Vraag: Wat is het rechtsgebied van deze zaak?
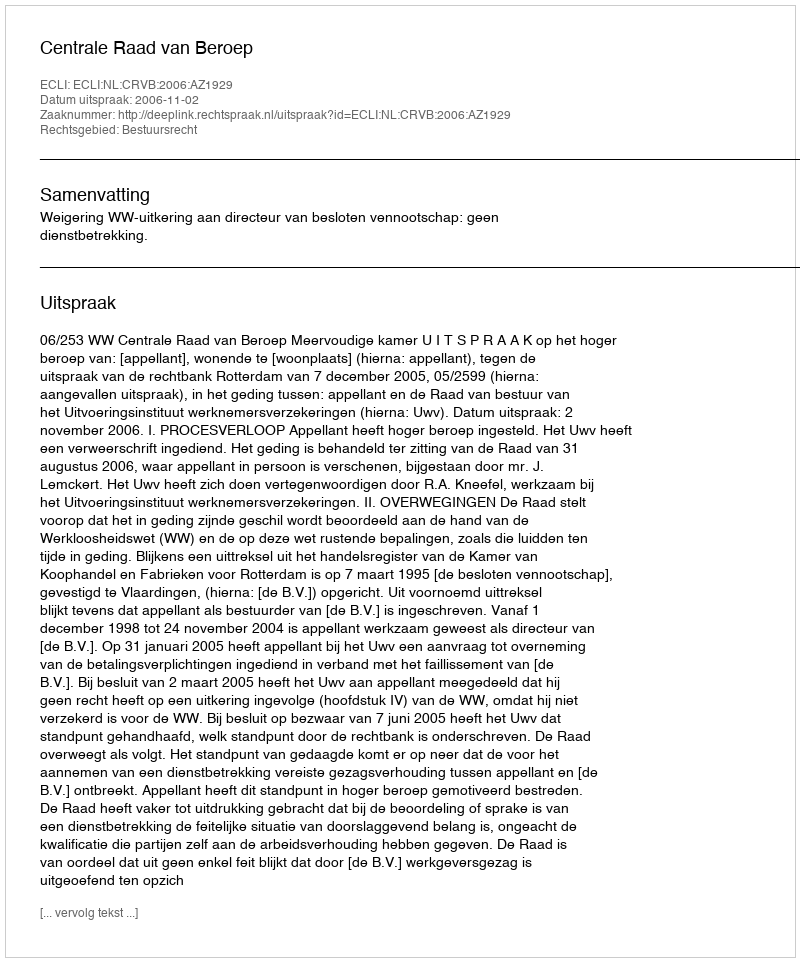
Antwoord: Bestuursrecht